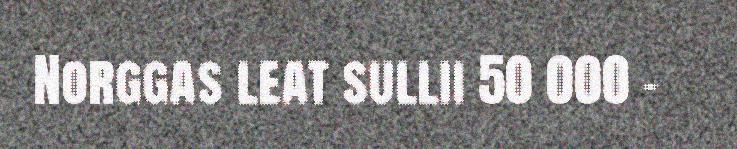
Norggas leat sullii 50 000 –